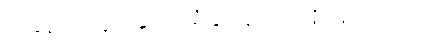
အခန်းထဲတွင် ဆာဘရီနှင့် နာဒါတို့ရှိနေကြသည်။